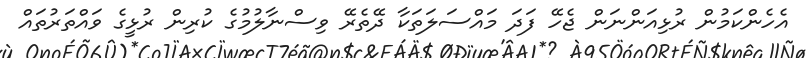
އެހެންކަމުން ރުޅިއަންނަން ޖެހޭ ފަދަ މައްސަލަތަކާ ދޭތެރޭ ވިސްނާލުމުގެ ކުރިން ރުޅީގެ ވައްތަރުތައް